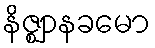
နိဇ္ဈာနခမော